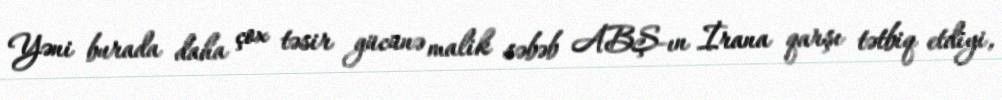
Yəni burada daha çox təsir gücünə malik səbəb ABŞ-ın İrana qarşı tətbiq etdiyi,